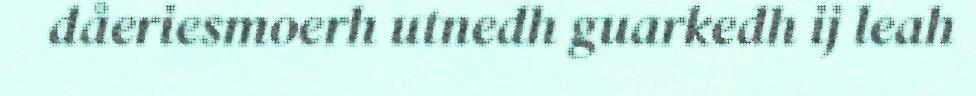
dåeriesmoerh utnedh guarkedh ij leah